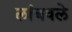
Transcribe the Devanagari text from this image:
लांबवले